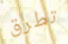
تطرق